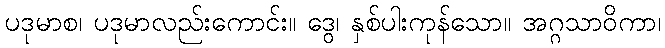
ပဒုမာစ၊ ပဒုမာလည်းကောင်း။ ဒွေ၊ နှစ်ပါးကုန်သော။ အဂ္ဂသာဝိကာ၊